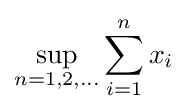
\sup _{n=1,2,\ldots }\sum _{i=1}^{n}x_{i}